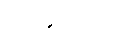
ဟောလိဝုဒ်